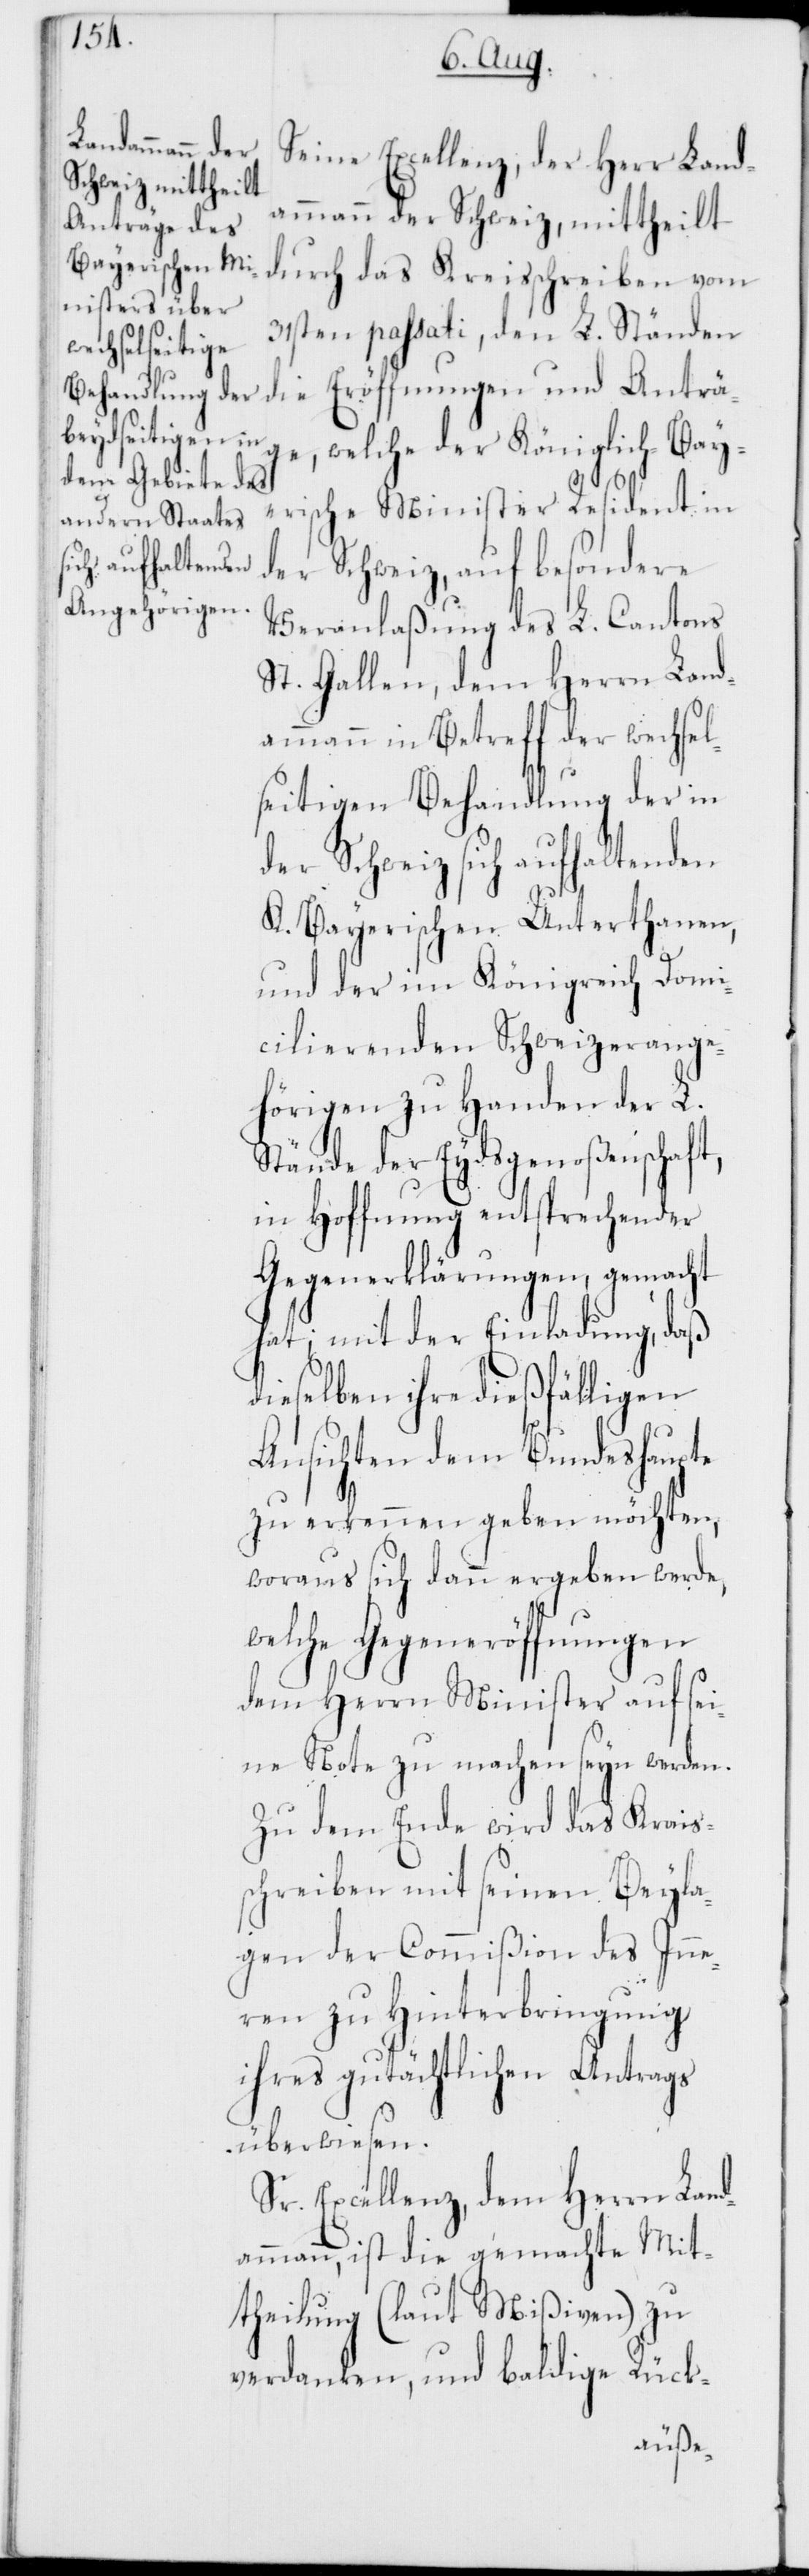
Seine Excellenz, der Herr Land¬
ammann der Schweiz, mittheilt
durch das Kreisschreiben vom
31sten passati, den L. Ständen
die Eröffnungen und Anträ¬
ge, welche der Königlich-Bay¬
erische Minister Resident in
der Schweiz, auf besondere
Veranlaßung des L. Cantons
St. Gallen, dem Herrn Land¬
ammann in Betreff der wechsel¬
seitigen Behandlung der in
der Schweiz sich aufhaltenden
K. Bayerischen Unterthanen,
und der im Königreich Domi¬
cilierenden Schweizerange¬
hörigen zu Handen der L.
Stände der Eydsgenoßenschaft,
in Hoffnung entsprechender
Gegenerklärungen, gemacht
hat; mit der Einladung, daß
dieselben ihre dießfälligen
Ansichten dem Bundeshaupte
zu erkennen geben möchten,
woraus sich dann ergeben werde,
welche Gegeneröffnungen
dem Herrn Minister auf sei¬
ne Note zu machen seyn werden.
Zu dem Ende wird das Kreis¬
schreiben mit seinen Beyla¬
gen der Commißion des Inne¬
ren zu Hinterbringung
ihres gutächtlichen Antrags
überwiesen.
Sr. Excellenz, dem Herrn Land¬
ammann, ist die gemachte Mit¬
theilung (laut Mißiven) zu
verdanken, und baldige Rück-